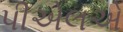
પીએલએ